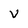
Character: v